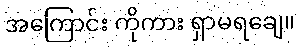
အကြောင်း ကိုကား ရှာမရချေ။